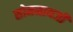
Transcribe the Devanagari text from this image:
सोमनाथजी